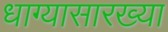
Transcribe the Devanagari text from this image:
धाग्यासारख्या